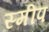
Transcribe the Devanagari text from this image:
स्मीप